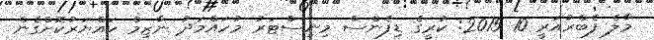
މާލެ ފެބްރުއަރީ 10 2015: ކުރީގެ ޑިފެންސް މިނިސްޓަރު މުހައްމަދު ނާޒިމް ހައްޔަރުކޮށްގެން